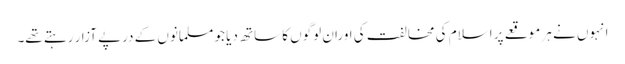
انہوں نے ہر موقعے پر اسلام کی مخالفت کی اوران لوگوں کا ساتھ دیا جو مسلمانوں کے درپے آزار رہتے تھے۔